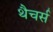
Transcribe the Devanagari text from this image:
थैचर्स